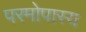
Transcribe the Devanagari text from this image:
परमोपास्य